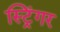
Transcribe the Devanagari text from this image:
स्ट्रिंगर